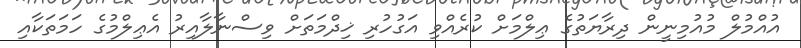
އުއްމުލް މުއުމިނީން ދިރާޔަތުގެ ޢިލްމަށް ކުރެއްވި އަގުހުރި ޚިދްމަތަށް ވިސްނާލާއިރު އެޢިލްމުގެ ހަމަތަކާއި